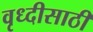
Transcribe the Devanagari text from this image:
वृध्दीसाठी